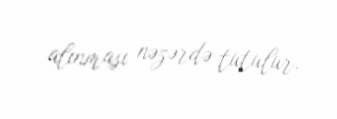
alınması nəzərdə tutulur.